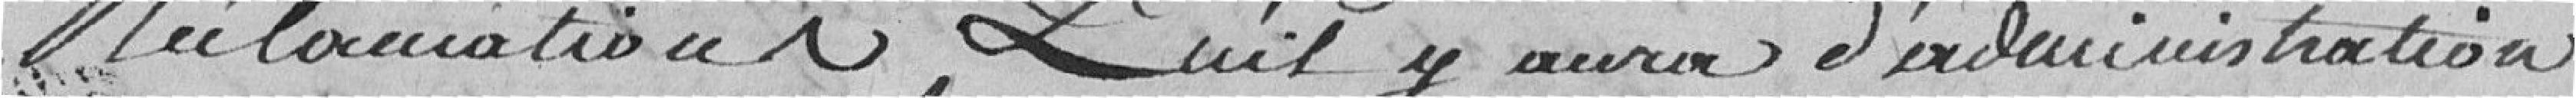
réclamations. Qu'il y aura d'administration